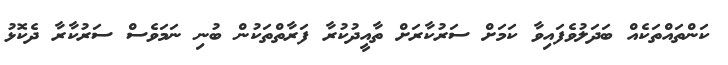
ކަންތައްތަކެއް ބަދަލުވެފައިވާ ކަމަށް ސަރުކާރަށް ތާއީދުކުރާ ފަރާތްތަކުން ބުނި ނަމަވެސް ސަރުކާރާ ދެކޮޅު